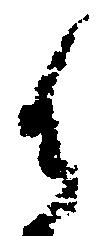
御